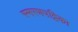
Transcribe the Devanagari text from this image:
स्मरणपट्टिका